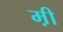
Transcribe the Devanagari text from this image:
म़ी